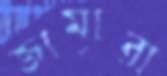
জামারা